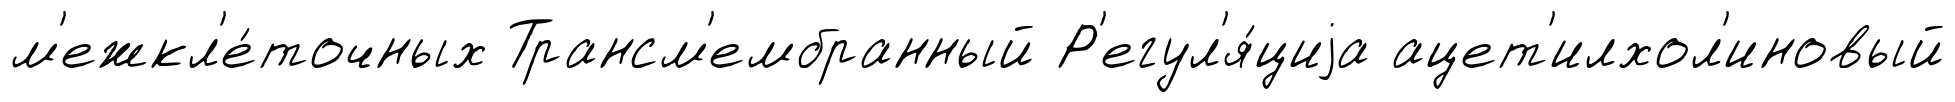
м'ежкл'е́точных Трансм'ембранный Р'егул'я́циjа ацет'илхол'иновый